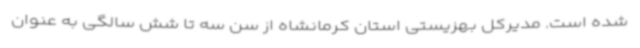
شده است. مدیرکل بهزیستی استان کرمانشاه از سن سه تا شش سالگی به عنوان